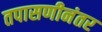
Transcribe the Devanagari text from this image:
तपासणीनंतर